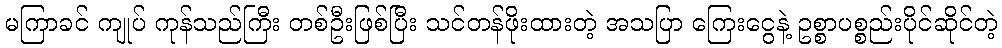
မကြာခင် ကျုပ် ကုန်သည်ကြီး တစ်ဦးဖြစ်ပြီး သင်တန်ဖိုးထားတဲ့ အသပြာ ကြေးငွေနဲ့ ဥစ္စာပစ္စည်းပိုင်ဆိုင်တဲ့